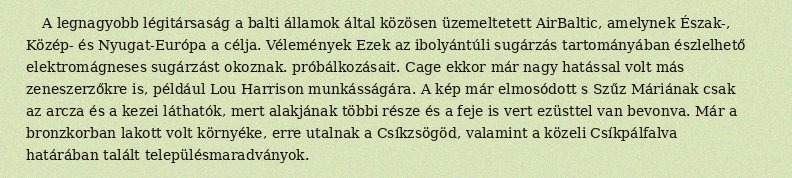
A legnagyobb légitársaság a balti államok által közösen üzemeltetett AirBaltic, amelynek Észak-, Közép- és Nyugat-Európa a célja. Vélemények Ezek az ibolyántúli sugárzás tartományában észlelhető elektromágneses sugárzást okoznak. próbálkozásait. Cage ekkor már nagy hatással volt más zeneszerzőkre is, például Lou Harrison munkásságára. A kép már elmosódott s Szűz Máriának csak az arcza és a kezei láthatók, mert alakjának többi része és a feje is vert ezüsttel van bevonva. Már a bronzkorban lakott volt környéke, erre utalnak a Csíkzsögöd, valamint a közeli Csíkpálfalva határában talált településmaradványok.